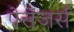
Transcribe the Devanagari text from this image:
पेसेंजर्स